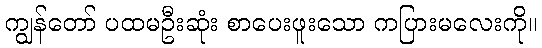
ကျွန်တော် ပထမဦးဆုံး စာပေးဖူးသော ကပြားမလေးကို။